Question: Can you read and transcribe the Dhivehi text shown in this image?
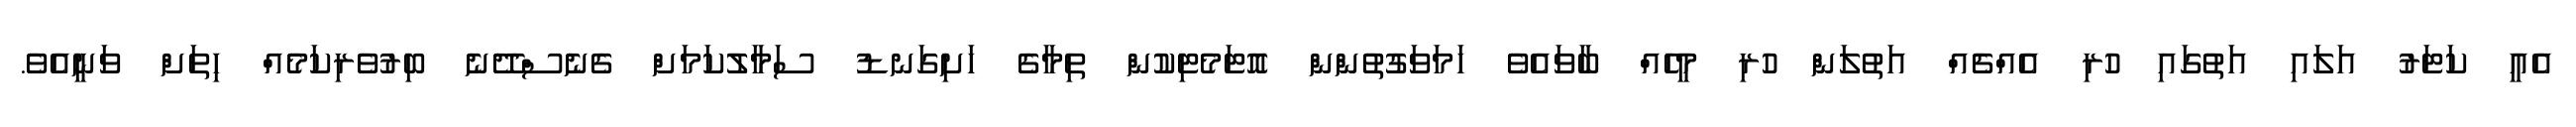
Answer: އެއީ ކަޓަރު އަލައި އަތުގައި ހުރި އެއްޗެއް އަތުލަން ހުރި މީހެއް ބާވައެވެ ހަމަވަގުތުންން އޮޓަމެޓިކުން ތިމާގެ ހަށިގަނޑު ސަމާލުކަމަށް ގެނެސްދޭނެ ބިރުވެރިކަމެއް ހިތަށް ވަނީއެވެ.